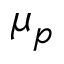
\mu _ { p }